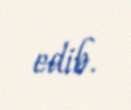
edib.